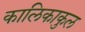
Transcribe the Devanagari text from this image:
कालिकाकुल